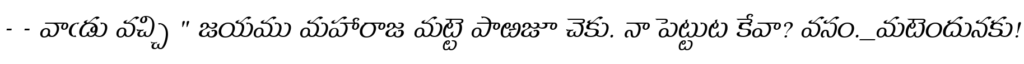
- - వాఁడు వచ్చి " జయము మహారాజ మట్టె పాఱజూ చెకు. నా పెట్టుట కేవా? వసం._మటెందునకు!